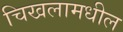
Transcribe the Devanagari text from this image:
चिखलामधील